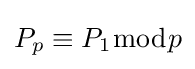
P_{p}\equiv P_{1}{\bmod {p}}